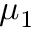
\mu _ { 1 }